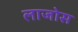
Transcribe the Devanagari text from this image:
लाजोस